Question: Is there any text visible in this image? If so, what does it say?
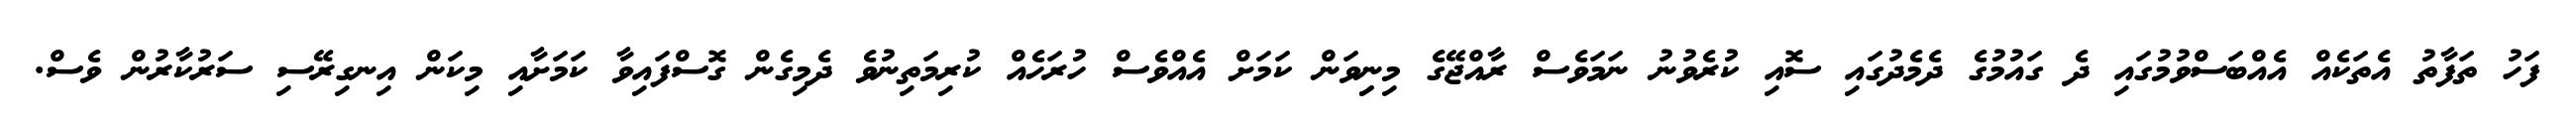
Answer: ފަހު ތަފާތު އެތަކެއް އެއްބަސްވުމުގައި ދެ ގައުމުގެ ދެމެދުގައި ސޮއި ކުރެވުނު ނަމަވެސް ރާއްޖޭގެ މިނިިވަން ކަމަށް އެއްވެސް ހުރަހެއް ކުރިމަތިނުވެ ދެމިގެން ގޮސްފައިވާ ކަމަށާއި މިކަން އިނގިރޭސި ސަރުކާރުން ވެސް.